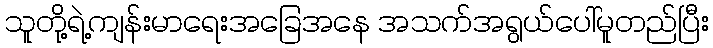
သူတို့ရဲ့ကျန်းမာရေးအခြေအနေ အသက်အရွယ်ပေါ်မူတည်ပြီး